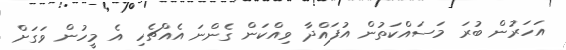
އަހަރުން ބުރަ މަސައްކަތުން އުފައްދާ ވިއްކަން ގެންނަ އެއްޗެހި އެ މީހުން ވަގަށް